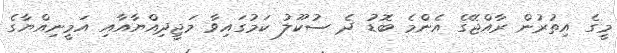
މީގެ އިތުރުން ރާއްޖޭގެ އެންމެ ބޮޑު ދެ ސުކޫލު ކަމުގައިވާ މަޖީދިއްޔާއާއި އަމީނިއްޔާގެ